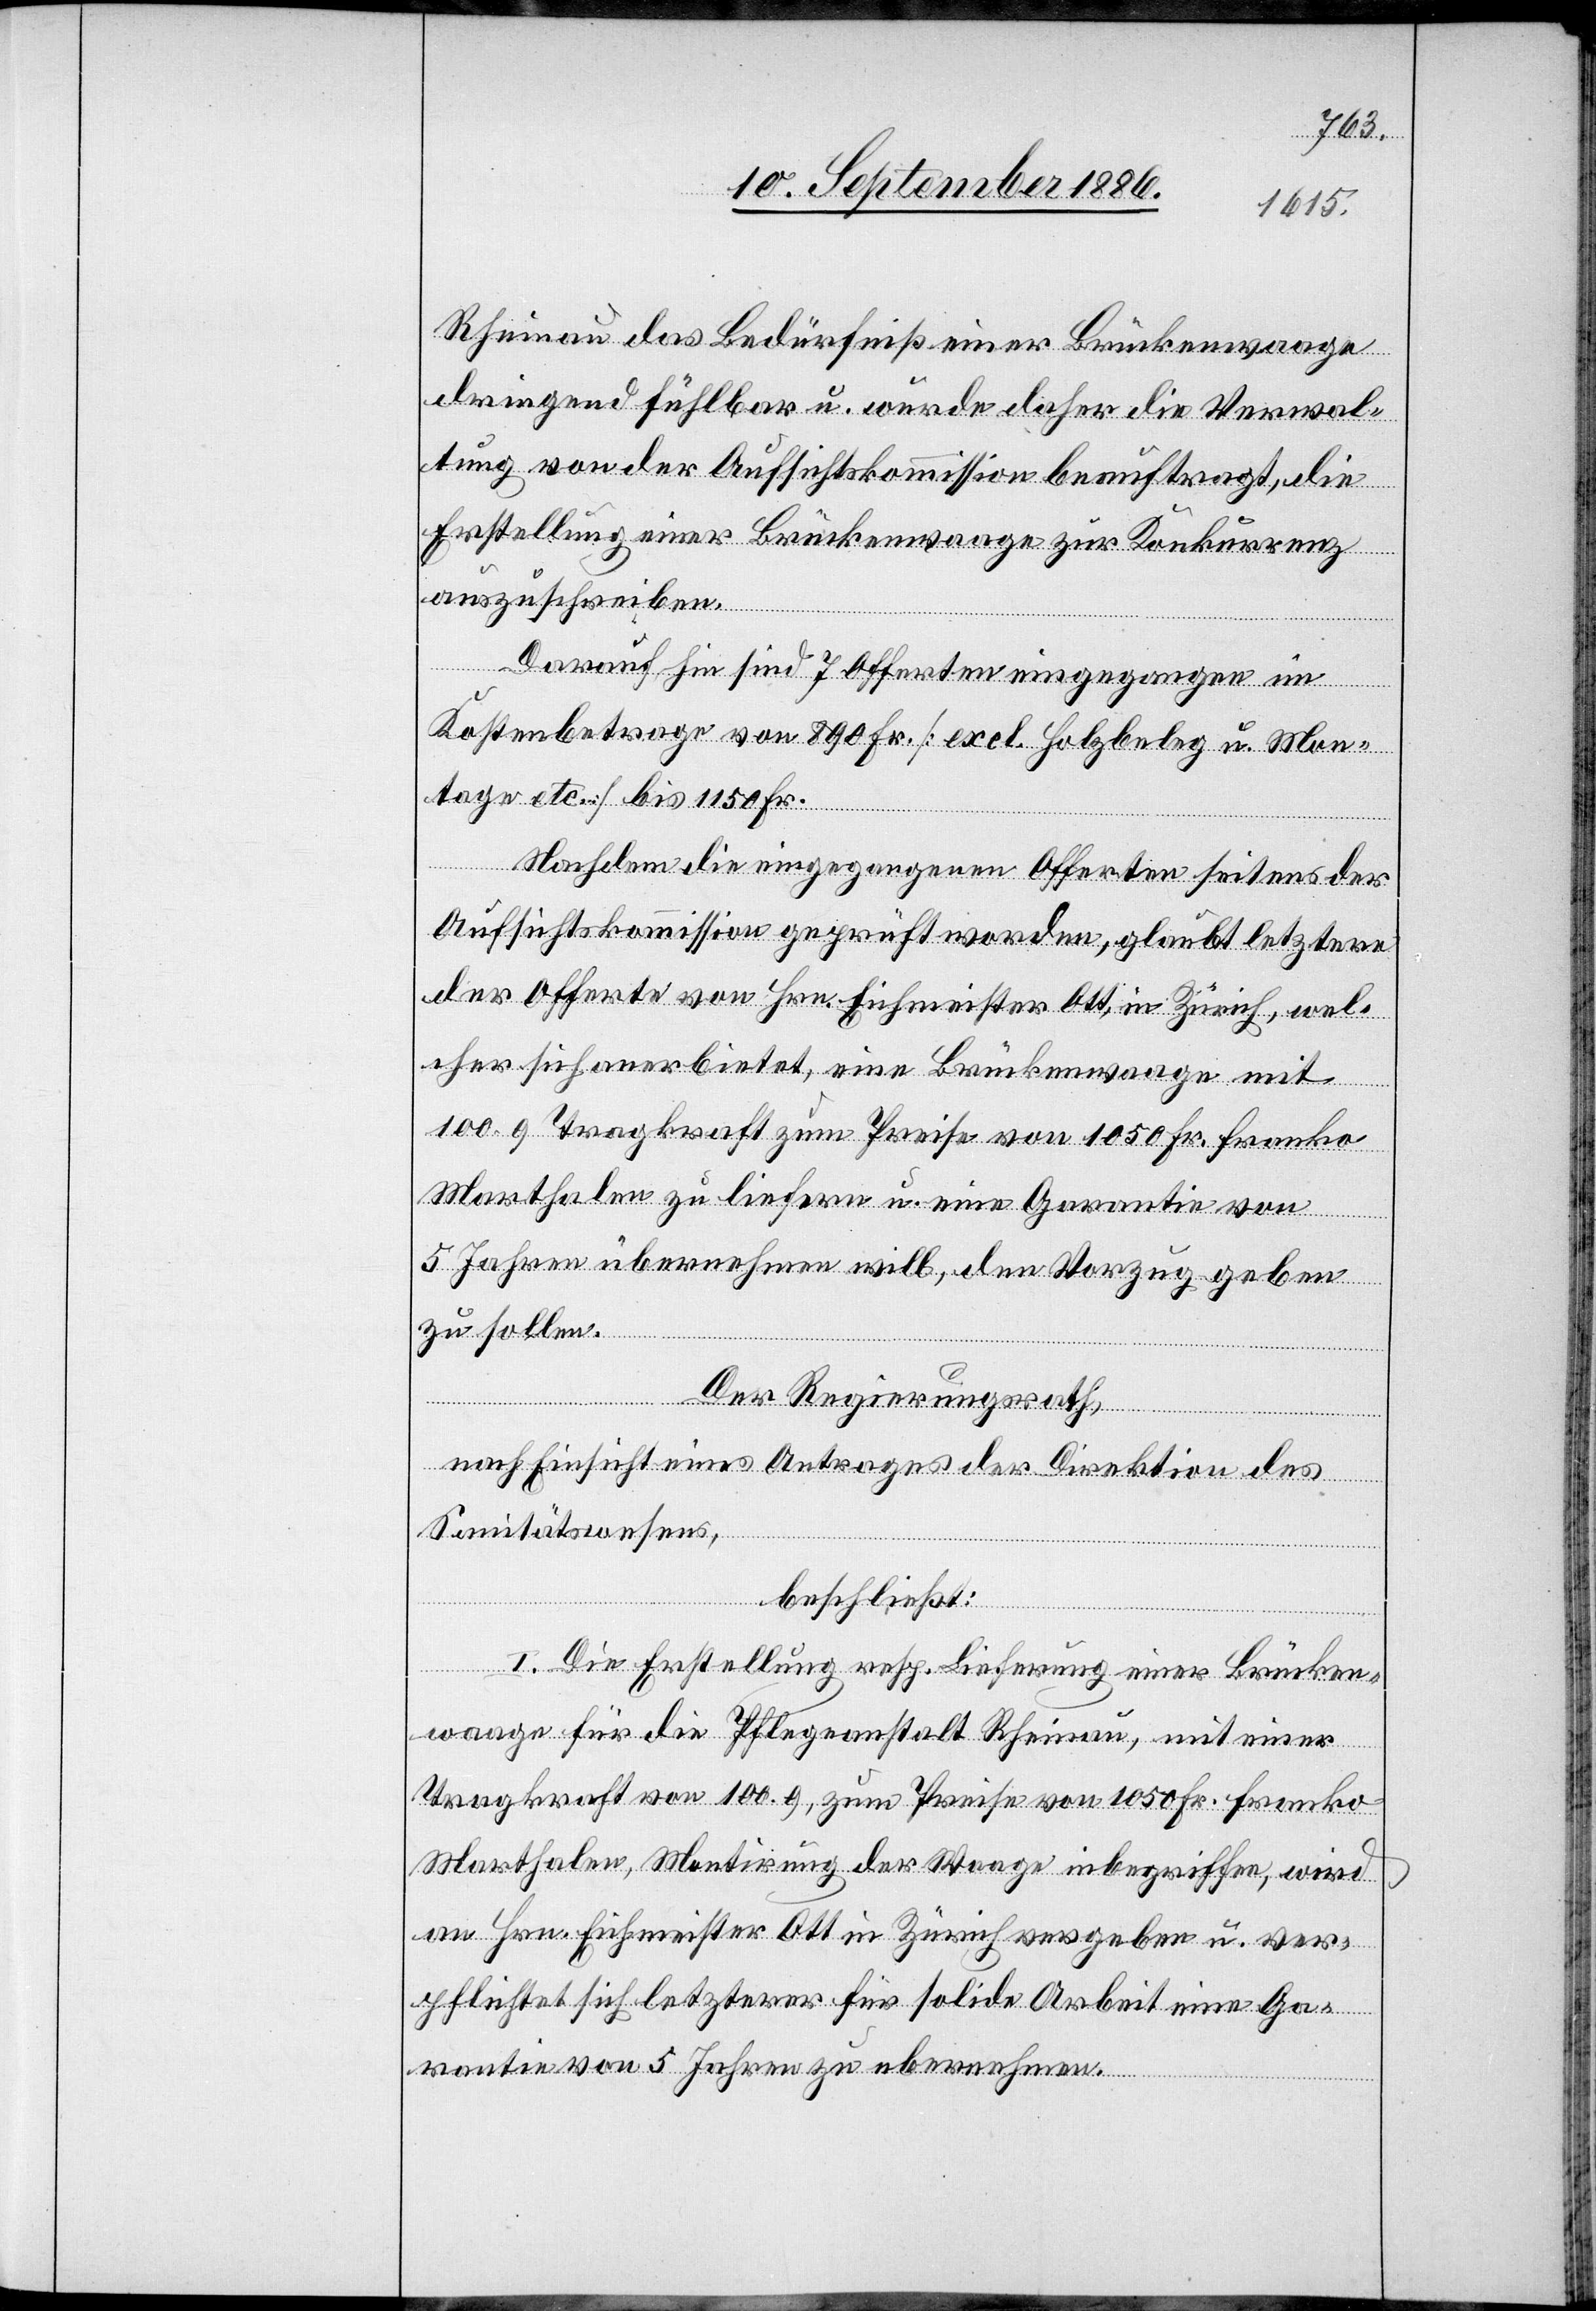
Rheinau das Bedürfniß einer Brückenwaage
dringend fühlbar u. wurde daher die Verwal¬
tung von der Aufsichtskommission beauftragt, die
Erstellung einer Brückenwaage zur Konkurrenz
auszuschreiben.
Darauf hin sind 7 Offerten eingegangen im
Kostenbetrage von 890 Fr. [excl. Holzbeleg u. Mon¬
tage etc.] bis 1150 Fr.
Nachdem die eingegangenen Offerten seitens der
Aufsichtskommission geprüft worden, glaubt letztere
der Offerte von Hrn. Eichmeister Ott, in Zürich, wel¬
cher sich anerbietet, eine Brückenwaage mit
100. q Tragkraft zum Preise von 1050 Fr. franko
Marthalen zu liefern u. eine Garantie von
5 Jahren übernehmen will, den Vorzug geben
zu sollen.
Der Regierungsrath,
nach Einsicht eines Antrages der Direktion des
Sanitätswesens,
beschließt:
I. Die Erstellung resp. Lieferung einer Brücken¬
waage für die Pflegeanstalt Rheinau, mit einer
Tragkraft von 100. q, zum Preise von 1050 Fr. franko
Marthalen, Montirung der Waage inbegriffen, wird
an Hrn. Eichmeister Ott in Zürich vergeben u. ver¬
pflichtet sich letzterer für solide Arbeit eine Ga¬
rantie von 5 Jahren zu übernehmen.